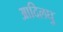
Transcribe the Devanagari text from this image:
आदिलघु